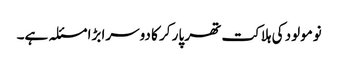
نومولود کی ہلاکت تھر پار کر کا دوسرا بڑا مسئلہ ہے۔